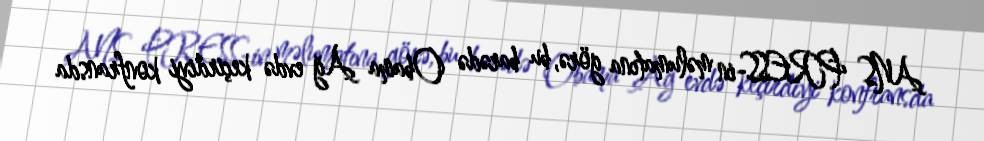
ANS PRESS-in məlumatına görə, bu barədə Obama Ağ evdə keçirdiyi konfransda